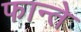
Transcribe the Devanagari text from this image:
फान्ते